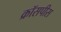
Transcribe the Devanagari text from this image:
क्रॉसपीस